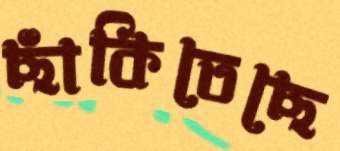
ছাঁকিতেছে